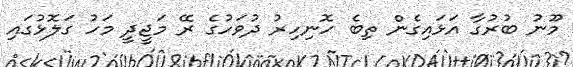
މޫނު ބުރުގާ އަޅައިގެން ތިބެ ހޮނިހިރު ދުވަހުގެ ރޭ މަޖީދީ މަހު ގަލޮޅުގައި